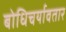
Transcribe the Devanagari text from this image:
बोधिचर्यावतार